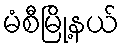
မံစီမြို့နယ်